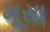
મૂસા